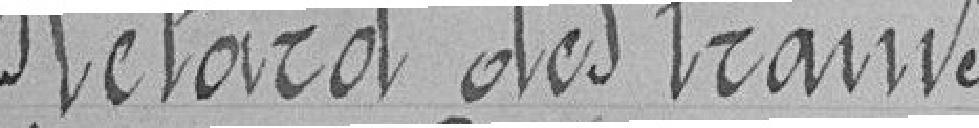
Retard des trains